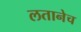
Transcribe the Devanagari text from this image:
लतानेच